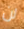
لن